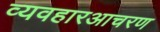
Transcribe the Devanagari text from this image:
व्यवहारआचरण